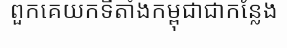
ពួកគេយកទីតាំងកម្ពុជាជាកន្លែង